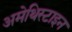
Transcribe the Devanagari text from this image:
अमेथिस्टाइन